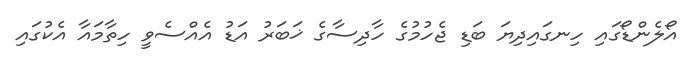
އޯލެންޑޯގައި ހިނގައިދިޔަ ބަޑި ޖެހުމުގެ ހާދިސާގެ ޚަބަރު އަޑު އެއްސެވީ ހިތާމައާ އެކުގައި